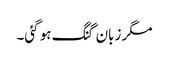
مگر زبان گنگ ہو گئی۔